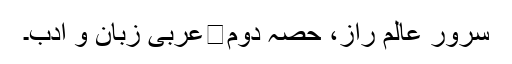
سرور عالم راز، حصہ دوم	عربی زبان و ادب۔